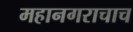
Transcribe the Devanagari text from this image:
महानगराचाच